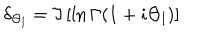
LaTeX: \delta _ { \Theta _ { l } } = \Im \left[ \ln \Gamma ( 1 + i \Theta _ { l } ) \right] \;